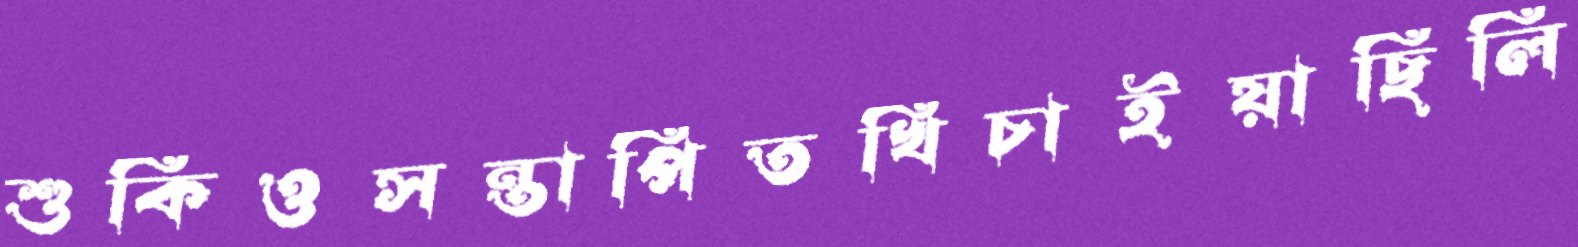
শুকিওসন্তাপিতখিচাইয়াছিলি